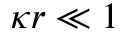
\kappa r \ll 1